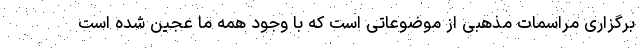
برگزاری مراسمات مذهبی از موضوعاتی است که با وجود همه ما عجین شده است